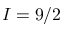
I = 9 / 2